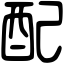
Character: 配